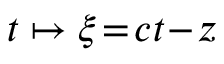
t \mapsto \xi \! = \! c t \! - \! z